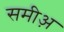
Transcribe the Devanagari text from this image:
समीअ़